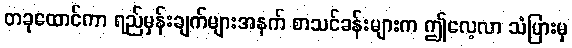
တခုထောင်ကာ ရည်မှန်းချက်များအနက် စာသင်ခန်းများက ဤလေ့လာ သံပြားမှ